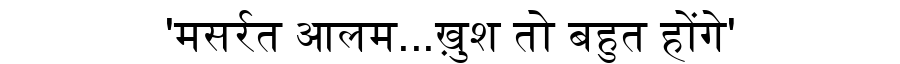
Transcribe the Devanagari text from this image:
'मसर्रत आलम...ख़ुश तो बहुत होंगे'